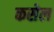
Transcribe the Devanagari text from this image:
कसेल